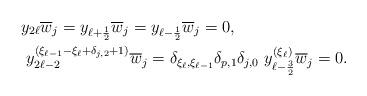
LaTeX: \begin{align*}&y_{2\ell}\overline{w}_j=y_{\ell+\frac{1}{2}}\overline{w}_j=y_{\ell-\frac{1}{2}}\overline{w}_j=0, &\\&\ y_{2\ell-2}^{(\xi_{\ell-1}-\xi_{\ell}+\delta_{j,2}+1)}\overline{w}_j= \delta_{\xi_\ell,\xi_{\ell-1}}\delta_{p,1}\delta_{j,0}\ y_{\ell-\frac{3}{2}}^{(\xi_{\ell})}\overline{w}_j=0.\end{align*}